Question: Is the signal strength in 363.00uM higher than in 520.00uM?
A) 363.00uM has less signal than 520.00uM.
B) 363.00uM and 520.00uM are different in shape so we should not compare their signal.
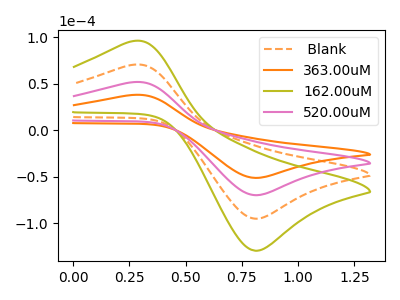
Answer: <think>The orange dashed curve " Blank" has an anodic peak at (0.25V, 103.20uA) and a cathodic peak at (0.80V, -139.55uA). The orange curve "363.00uM" has an anodic peak at (0.25V, 37.90uA) and a cathodic peak at (0.80V, -51.25uA). The olive curve "162.00uM" has an anodic peak at (0.25V, 154.80uA) and a cathodic peak at (0.80V, -209.35uA). The pink curve "520.00uM" has an anodic peak at (0.25V, 51.60uA) and a cathodic peak at (0.80V, -69.80uA).
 All the peaks in "363.00uM" have a peak in "520.00uM" at the same potential. Every peak in "363.00uM" is lower than every peak in "520.00uM".</think>
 <answer>A) "363.00uM" has less signal than "520.00uM".</answer>
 <eval>A</eval>